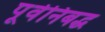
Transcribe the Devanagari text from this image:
पूर्वनिबद्ध